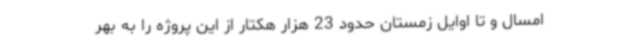
امسال و تا اوایل زمستان حدود 23 هزار هکتار از این پروژه را به بهر